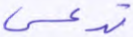
تدعى